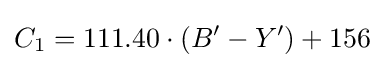
C_{1}=111.40\cdot (B^{\prime }-Y^{\prime })+156